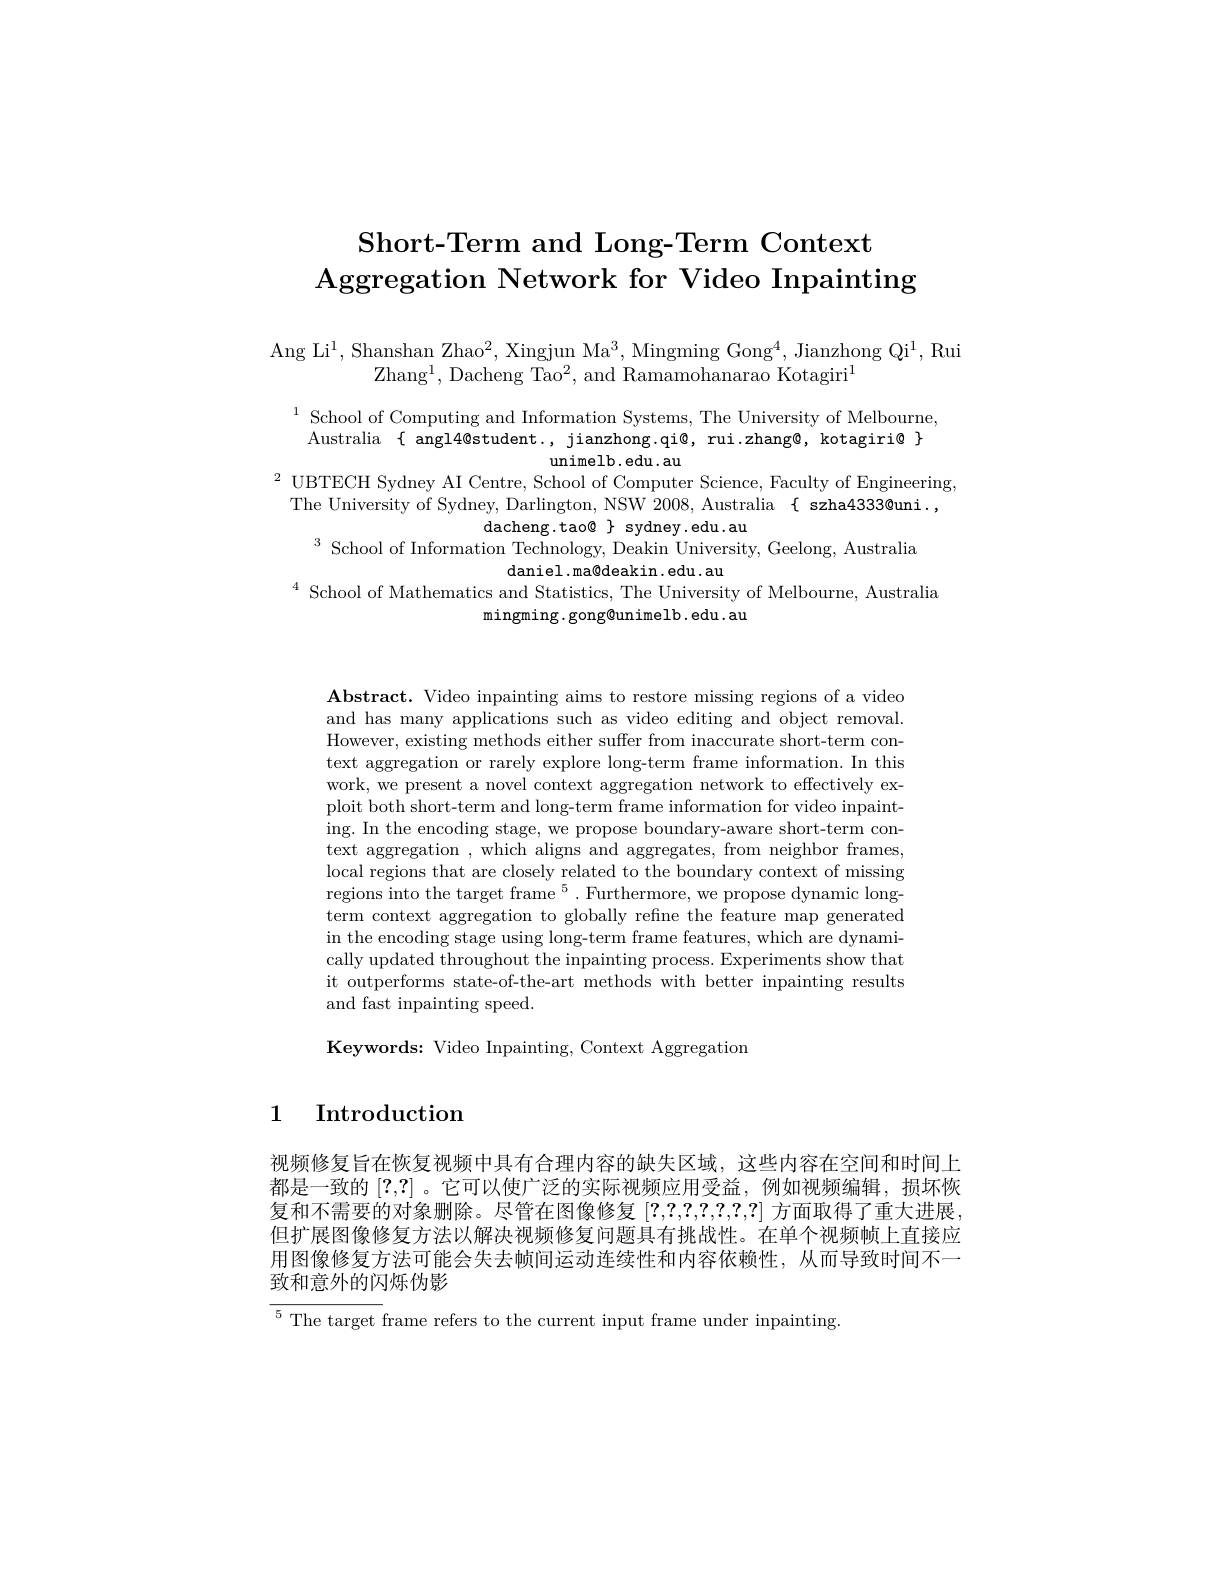
# Short-Term and Long-Term Context $\textbf{Aggregation Network for Video Inpainting}$

Ang Li$^1$,Shanshan Zhao$^2$, Xingjun Ma$^3$, Mingming Gong$^4$,Jianzhong Qi$^1$, Rui
Zhang$^1$,Dacheng Tao$^2$,and Ramamohanarao Kotagiri$^1$

$^{1}$School of Computing and Information Systems, The University of Melbourne,
Australia $\{$ angl4@student., jianzhong.qi@, rui.zhang@, kotagiri@ $\}$
unimelb. edu. au
$^{2}$ UBTECH Sydney AI Centre, School of Computer Science, Faculty of Engineering,
The University of Sydney, Darlington, NSW 2008, Australia { szha4333@uni. ,
dacheng.tao$\emptyset\}$ sydney.edu.au
$^3$ School of Information Technology, Deakin University, Geelong, Australia
daniel.ma@deakin.edu.au
$^{4}$ School of Mathematics and Statistics, The University of Melbourne, Australia
mingming.gong@unimelb.edu.au

$\mathbf{Abstract.~Video~inpainting~aims~to~restore~missing~regions~of~a~video}$ and has many applications such as video editing and object removal. However, existing methods either suffer from inaccurate short-term context aggregation or rarely explore long-term frame information. In this work, we present a novel context aggregation network to effectively exploit both short-term and long-term frame information for video inpainting. In the encoding stage, we propose boundary-aware short-term context aggregation , which aligns and aggregates, from neighbor frames, local regions that are closely related to the boundary context of missing regions into the target frame $^5.$ Furthermore, we propose dynamic longterm context aggregation to globally refne the feature map generated in the encoding stage using long-term frame features, which are dynamically updated throughout the inpainting process. Experiments show that it outperforms state-of-the-art methods with better inpainting results and fast inpainting speed.

Keywords: Video Inpainting, Context Aggregation

1 Introduction

视频修复旨在恢复视频中具有合理内容的缺失区域，这些内容在空间和时间上都是一致的[?,?] 。它可以使广泛的实际视频应用受益，例如视频编辑，损坏恢复和不需要的对象删除。尽管在图像修复[?,?,?,?,?,?,?]方面取得了重大进展。但扩展图像修复方法以解决视频修复问题具有挑战性。在单个视频帧上直接应用图像修复方法可能会失去帧间运动连续性和内容依赖性，从而导致时间不一

致和意外的闪烁伪影

$^{5}$ The target frame refers to the current input frame under inpainting